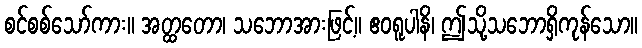
စင်စစ်သော်ကား။ အတ္ထတော၊ သဘောအားဖြင့်။ ဧဝရူပါနိ၊ ဤသို့သဘောရှိကုန်သော။